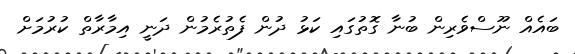
ބައެއް ނޫސްވެރިން ބުނާ ގޮތުގައި ކަޅު ދުން ފެތުރެމުން ދަނީ އިމާރާތް ކުރުމަށް